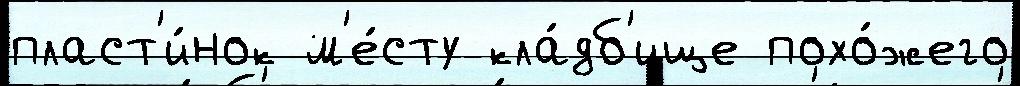
пласт'и́нок м'е́сту кла́дб'ище похо́жего